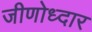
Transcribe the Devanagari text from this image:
जीणोध्दार